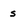
Character: s